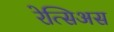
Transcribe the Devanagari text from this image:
रेत्सिअस